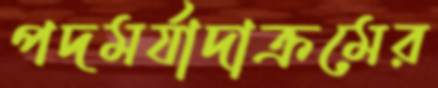
পদমর্যাদাক্রমের